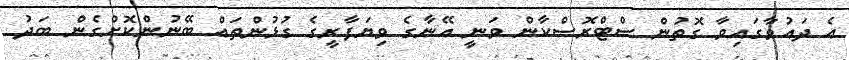
އެ ދައުވާގައިވާ ގޮތުން ސްޓްރޮސްކާން ވަނީ އޭނާގެ ވިޔަފާރީގެ ގުޅުންތައް ބޭނުންކޮށްގެން ބަދު